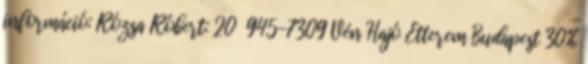
információ: Rózsa Róbert: 20 945-7309 Vén Hajó Étterem Budapest 30%